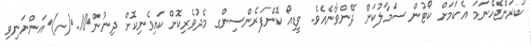
ކުރަންޖެހޭނަމަ އެކަމަށް ކޯޓުން ސަމާލުކަން ދޭންވާނެއެވެ. ވީޑިއޯ ކޮންފަރެންސިންގ މެދުވެރިކޮށް ކައިވެނިކޮށް ދިނުން	10.	(ހ)	އަންނަނިވި